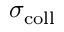
\sigma _ { \mathrm { c o l l } }